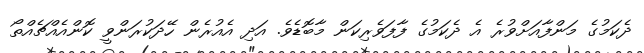
ދެކަމުގެ މަންފާއަށްވުރެ އެ ދެކަމުގެ ފާފަވެރިކަން މާބޮޑެވެ. އަދި އެއުރެން ހޭދަކުރަންވީ ކޮންއެއްޗެއްތޯ